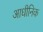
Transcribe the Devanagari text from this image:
आधीनिक